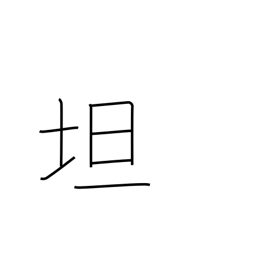
Meaning: level